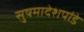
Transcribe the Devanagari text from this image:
सुषमादेशपांडे